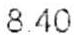
8.40